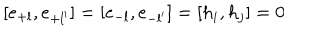
[ e _ { + l } , e _ { + l ^ { \prime } } ] = [ e _ { - l } , e _ { - l ^ { \prime } } ] = [ h _ { i } , h _ { j } ] = 0